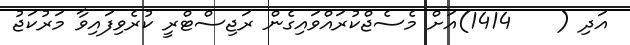
އަދި (    1414)އަށް މެސެޖްކުރައްވައިގެން ރަޖިސްޓްރީ ކުރެވިފައިވާ މަރުކަޖު